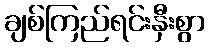
ချစ်ကြည်ရင်းနှီးစွာ